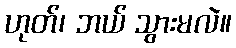
ဟုတ်၊ ဘယ် သွားမလဲ။